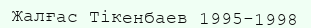
Жалғас Тікенбаев 1995-1998